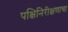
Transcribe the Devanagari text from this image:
पक्षिनिरीक्षणाचा